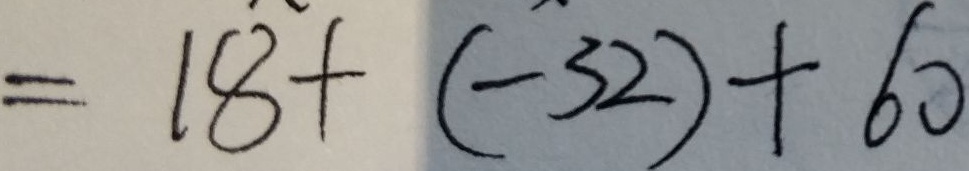
= 1 8 + ( - 3 2 ) + 6 0